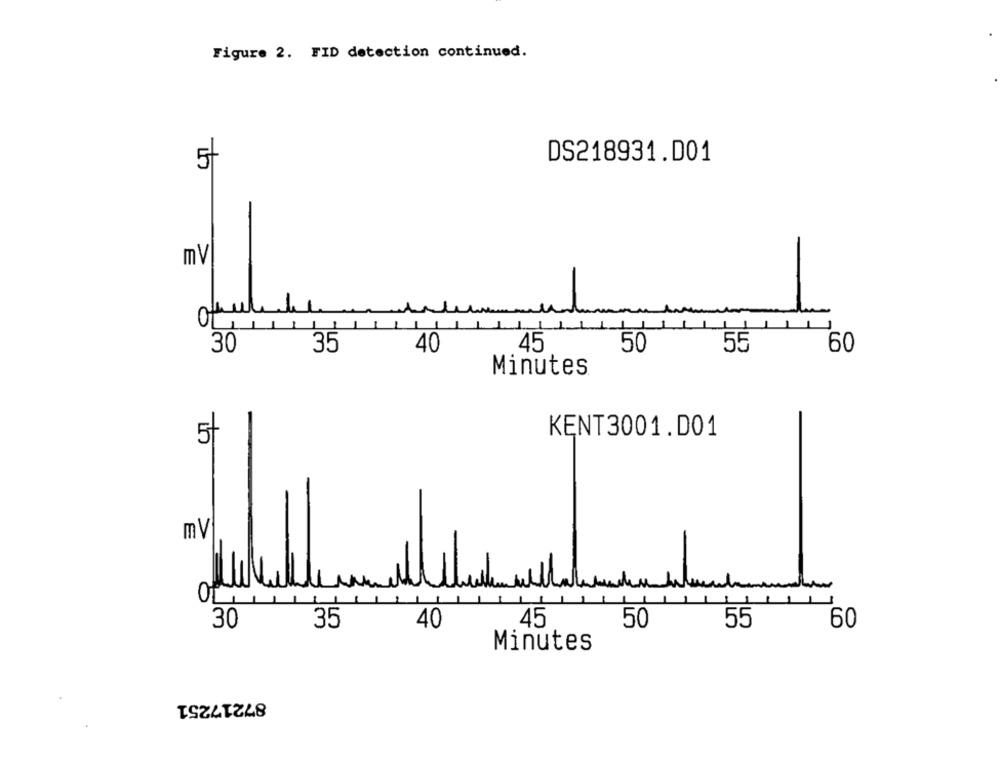
Figure 2. FID detection continued.
DS218931.D01
5/
mV
30
35
40
45
50
55
60
Minutes
KENT3001.D01
5t
mV
-
11
30
35
40
45
50
55
60
Minutes
87217251